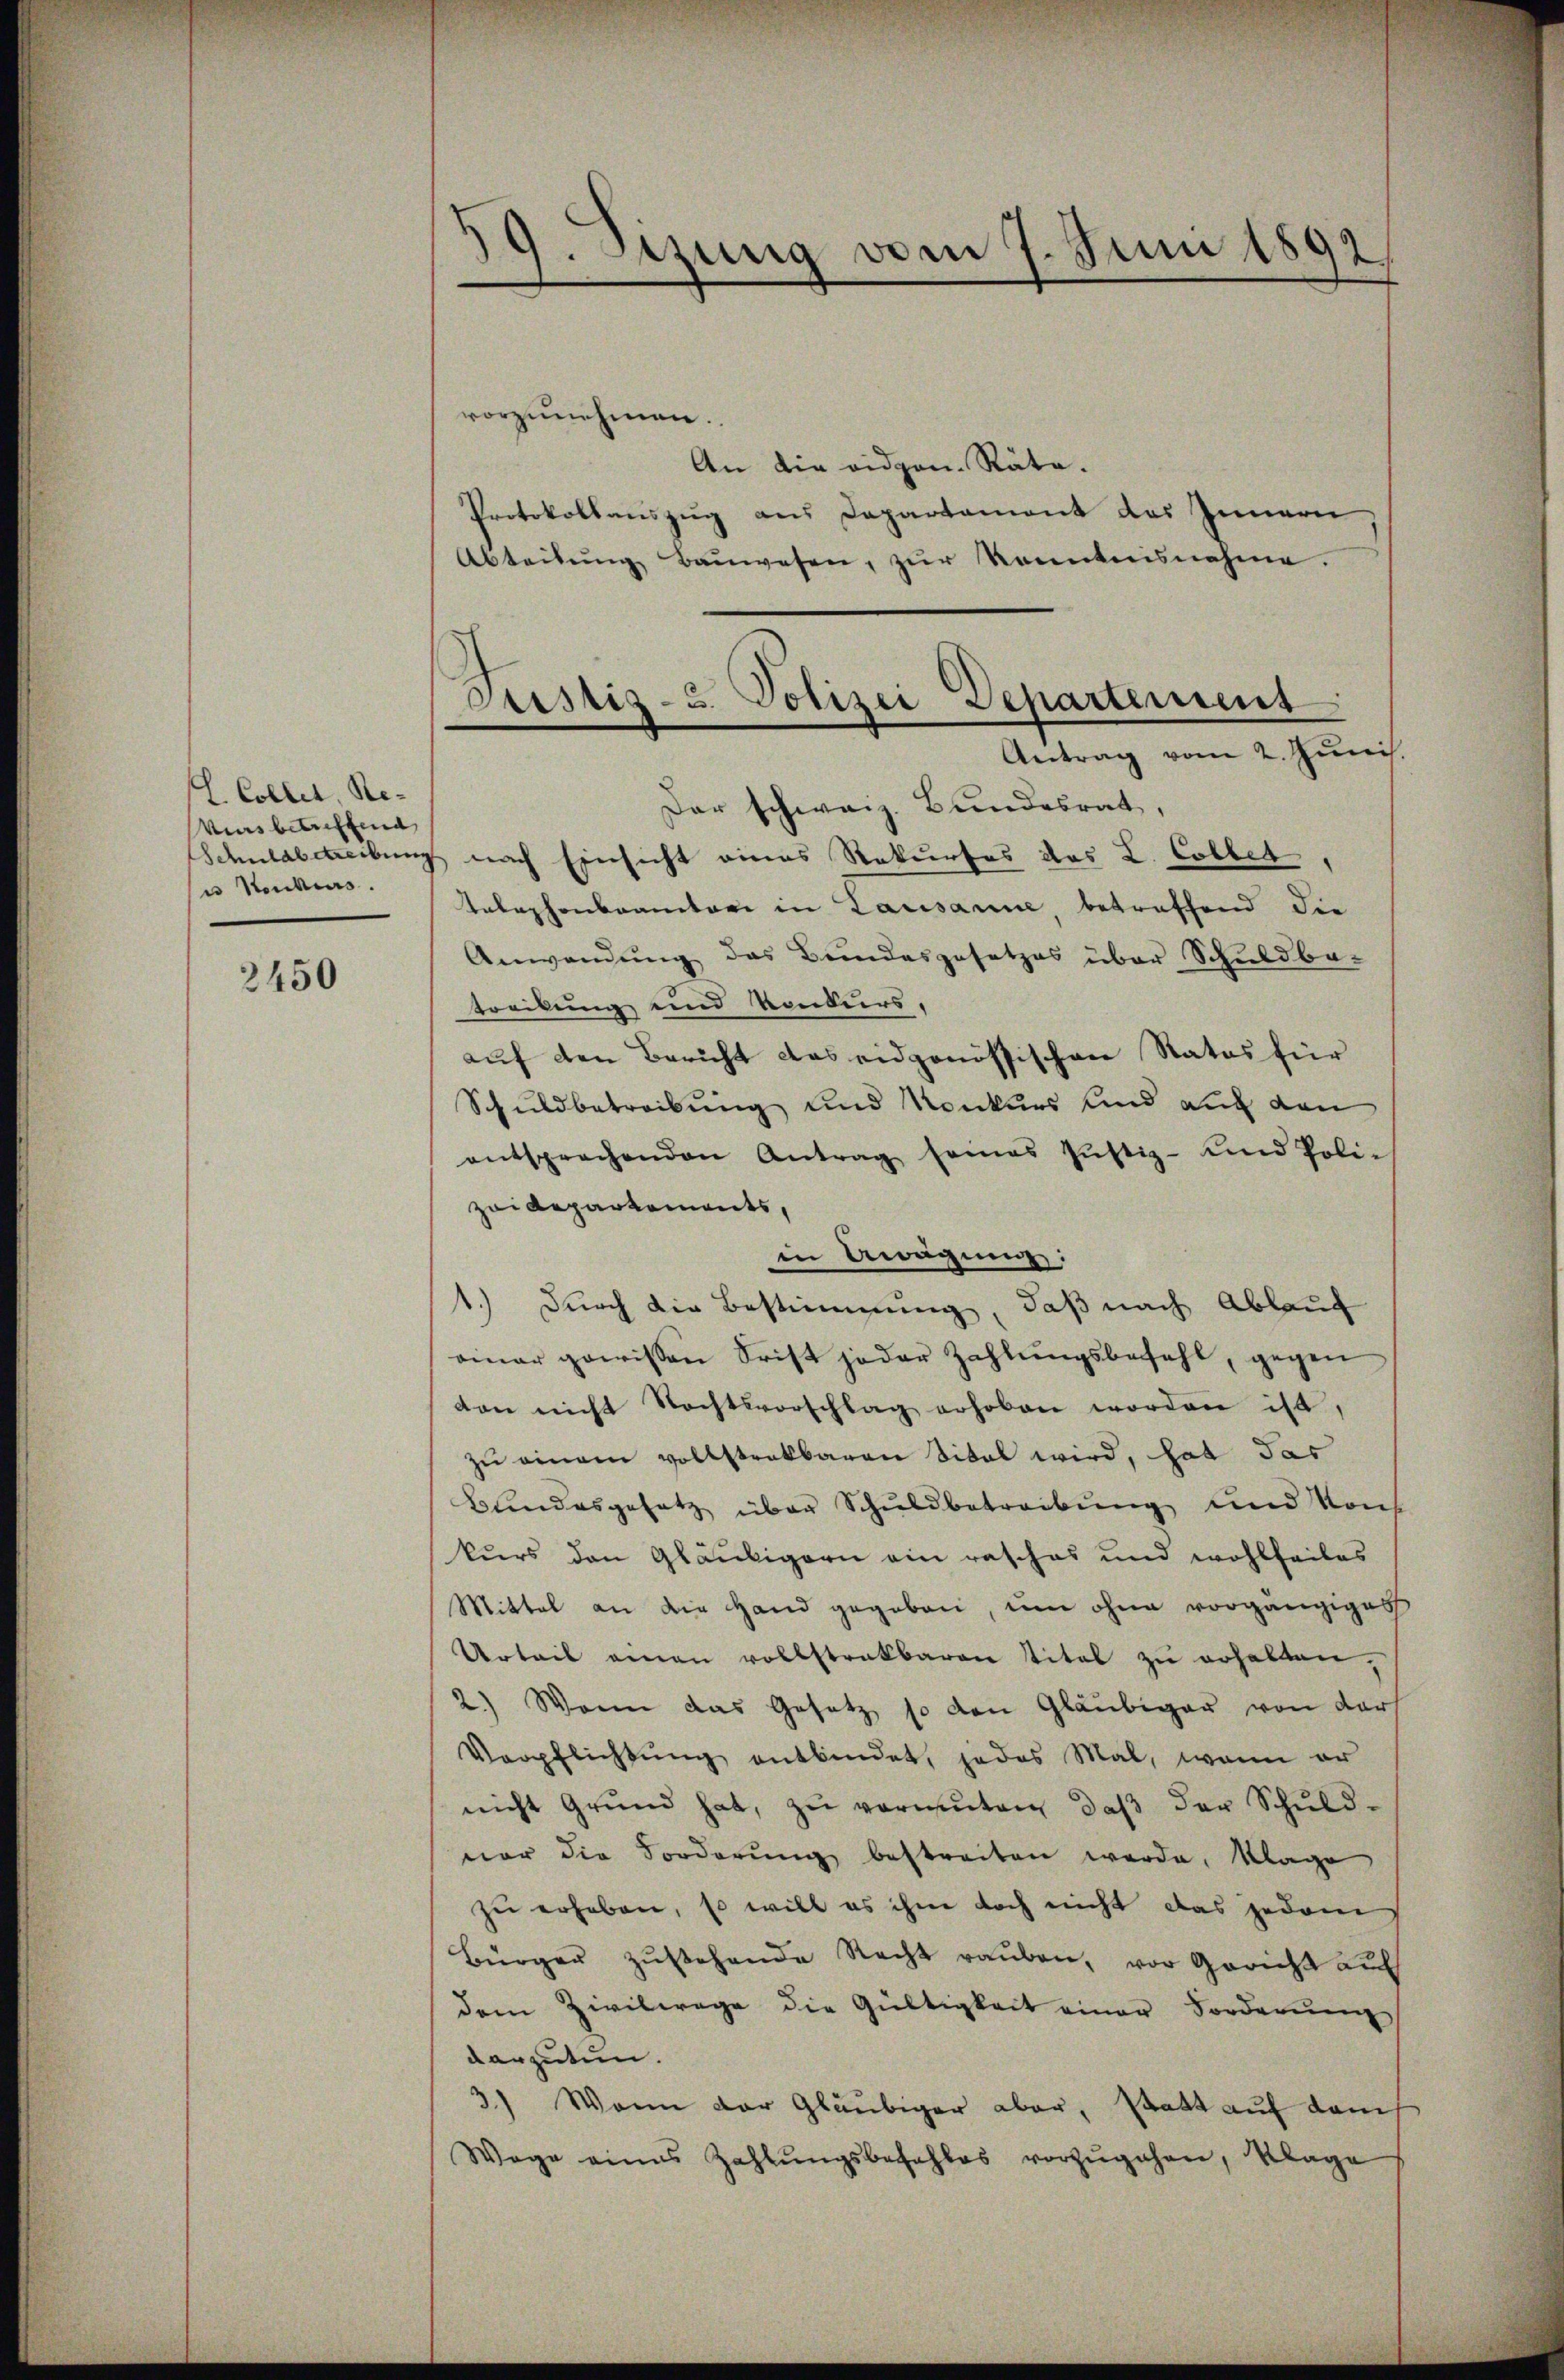
(L. Coller, Re-
vins betreffend
Schuldbetreibung
u Konkurs.

2450

19. Sizung vom 7. Juni 1892

vorzunehmen.
An die eidgen. Räte.
Protokollauszug aus Departement des Innern,
Abteilŭng Baŭwesen, zŭr Kenntnisnahme.
Antrag vom 2. Juni.
Der schweiz. Bundesrat,
z nach Einsicht eines Rekurses das L. Collet,
Telephonbrauctori in Lausanne, betreffend die
Anwendung des Bundesgesetzes über Schuldba-
treckung und Konkurs,
auf den Bericht das eidgenössischen Rates für
Schuldbetreibung und Konkurs und auf den
entsprechenden Antrag seines Jŭstiz- und Poli-
zai Repartements,
in Aragung:
1.) Durch die Bestimmung, daß nach Ablauf
ainer gewissen Frist jeder Zahlŭngsbefehl, gegen
don nicht Rechtsvorschlag erhoben worden ist,
zu einem vollstrakbaren Sital wird, hat das
Bundesgesetz über Schuldbetreibung und Konf
kurs den Gläubigern ein rasches und wohlfeiles
Mittel an die Hand gegeben, um ohne vorgängiges
Urteil einen vollstrakbaren Titel zŭ erhalten,
2.) Wenn das Gesetz so den Gläubiger von der
Verpflichtung entbindet, jedes Mal, wenn er
nicht Grŭnd hat, zŭ vermuten, daβ der Schŭld-
vor die Sorderŭng bestreiten werde, klage
zu erheben, so will es ihm doch nicht das jedem
Bürger zŭstehende Recht raŭben, vor Gericht auf
dem Zivilwage die Gültigkeit einer Forderung
darzutun.
3) Wann der Gläubiger aber, statt auf dans
Wege eines Zahlŭngsbefehles vorzŭgehen, Klage

Justiz- u. Polizei Departement